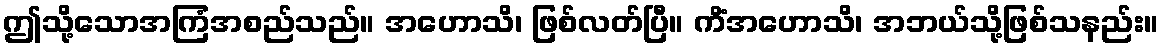
ဤသို့သောအကြံအစည်သည်။ အဟောသိ၊ ဖြစ်လတ်ပြီ။ ကိံအဟောသိ၊ အဘယ်သို့ဖြစ်သနည်း။